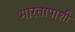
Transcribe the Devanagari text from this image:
भारतापाशी